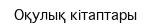
Оқулық кітаптары